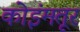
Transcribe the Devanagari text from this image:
कोइंमतूर